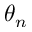
\theta _ { n }